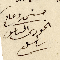
مستمد دعاكم الخوري الياس ساسين